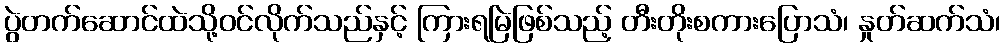
ပွဲတက်ဆောင်ထဲသို့ဝင်လိုက်သည်နှင့် ကြားရမြဲဖြစ်သည့် တီးတိုးစကားပြောသံ၊ နှုတ်ဆက်သံ၊